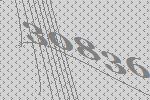
30836